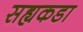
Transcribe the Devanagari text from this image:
सह्यकडा